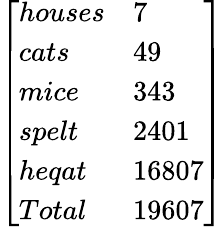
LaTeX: \left[\begin{array}{ll}{houses}&{7}\\ {cats}&{49}\\ {mice}&{343}\\ {spelt}&{2401}\\ {heqat}&{16807}\\ {Total}&{19607}\end{array}\right]